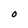
Character: O